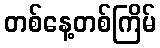
တစ်နေ့တစ်ကြိမ်